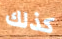
كذلك